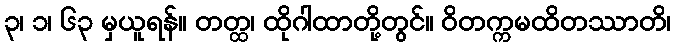
၃၊ ၁၊ ၆၃ မှယူရန်။ တတ္ထ၊ ထိုဂါထာတို့တွင်။ ဝိတက္ကမထိတဿာတိ၊